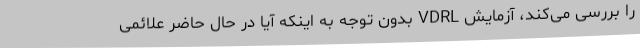
را بررسی می‌کند، آزمایش VDRL بدون توجه به اینکه آیا در حال حاضر علائمی